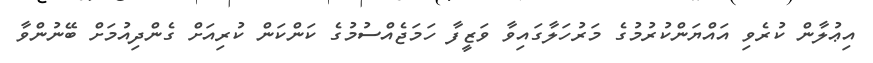
އިޢުލާން ކުރެވި އައްޔަންކުރުމުގެ މަރުހަލާގައިވާ ވަޒީފާ ހަމަޖެއްސުމުގެ ކަންކަން ކުރިއަށް ގެންދިއުމަށް ބޭނުންވާ